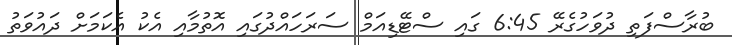
ބުރާސްފަތި ދުވަހުގެރޭ 6:45 ގައި ސްޓޭޑިއަމް ސަރަހައްދުގައި އޮތުމާއި އެކު އެކަމަށް ދައުވަތު